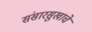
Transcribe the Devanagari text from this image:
संसारसुखाचे